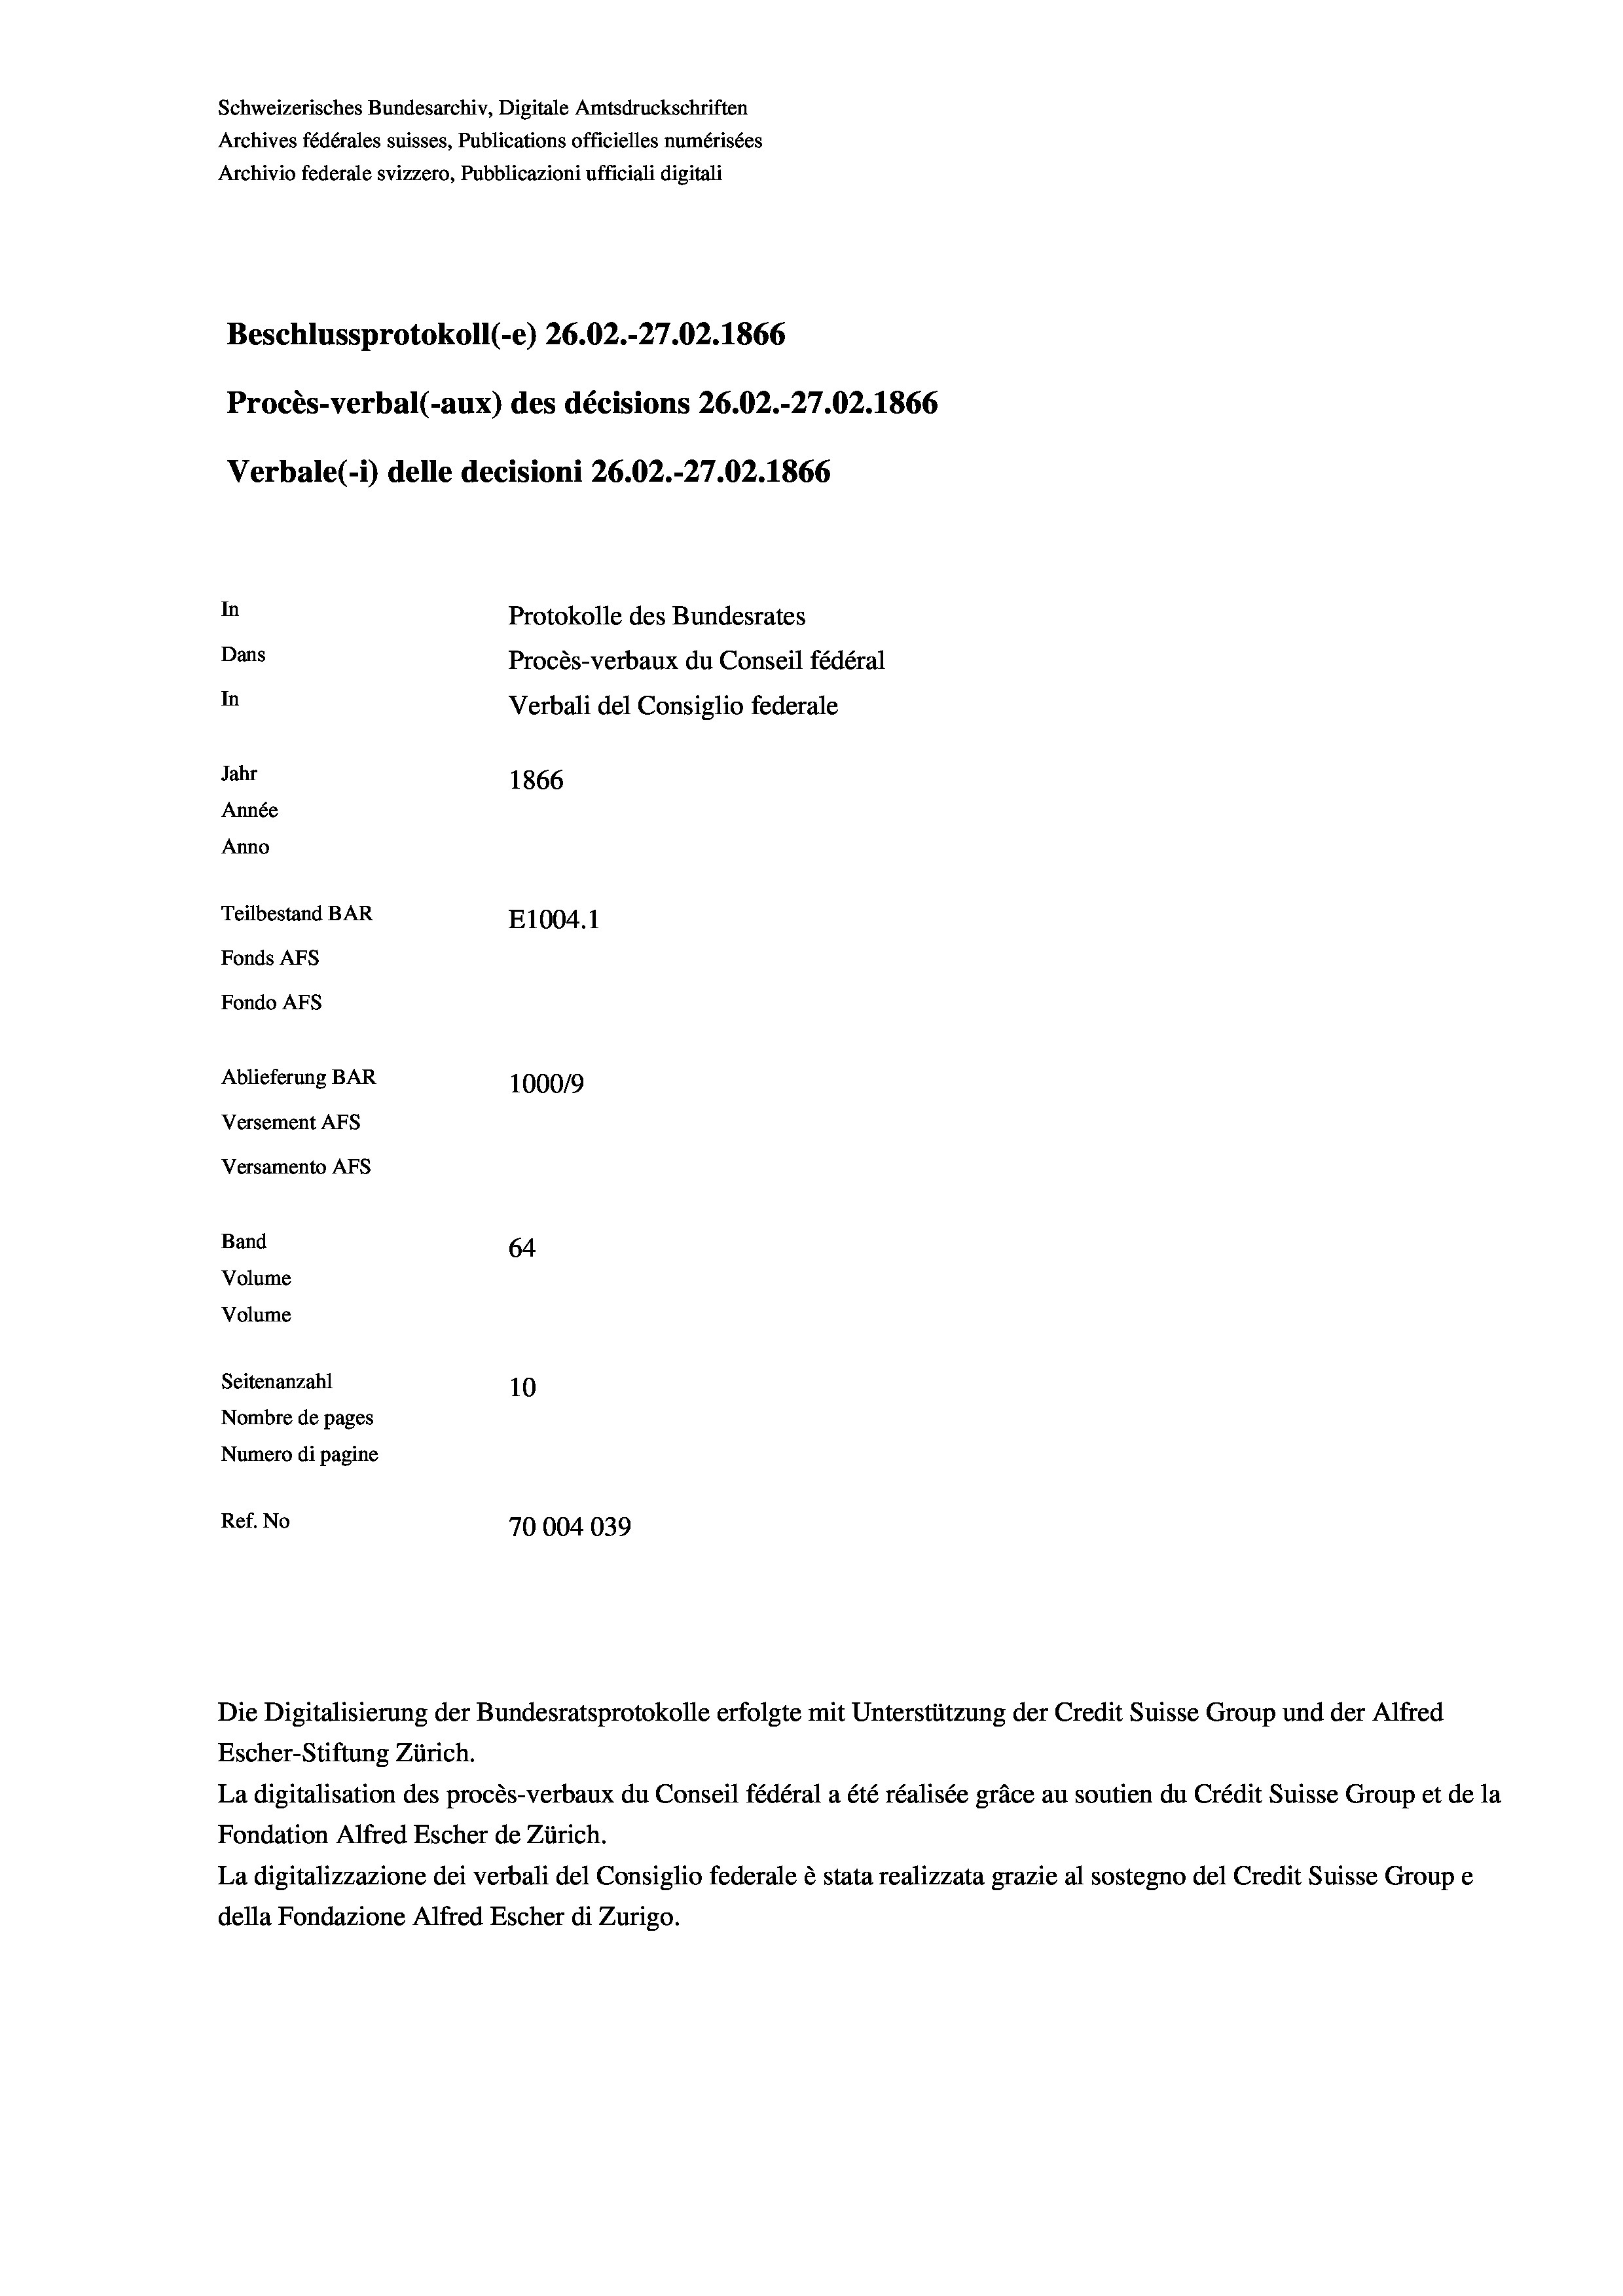
Schweizerisches Bundesarchiv, Digitale Amtsdruckschriften
Archives fédérales suisses, Publications officielles numérisées
Archivio federale svizzero, Pubblicazioni ufficiali digitali
Beschlussprotokoll (-e) 26.02.-27.02. 1866
Procès-verbal (-aux) des décisions 26.02.-27.02.1866
Verbale(-*) delle decisioni 26.02.-27.02. 1866
In
Protokolle des Bundesrates
Dans
Procès-verbaux du Conseil fédéral
In
Verbali del Consiglio federale
Jahr
1866
Année
Anno
Teilbestand BAR
E1004.1
Fonds AFs
Fondo Afs
Ablieferung BAR
100019
Versement AFs
Versamento Afs
Band
64
Volume
Volume

Seitenanzahl
10
Nombre de pages
Numero di pagine
Ref. No
70004039

Escher-Stiftung Zürich.
La digitalisation des procès-verbaux du Conseil fédéral a été réalisée gräce au soutien du Crédit Suisse Group et de la
Fondation Alfred Escher de Zürich.
La digitalizzazione dei verbali del Consiglio federale è stata realizzata grazie al sostegno del Credit Suisse Groupe
della Fondazione Alfred Escher di Zurigo.

Die Digitalisierung der Bundesratsprotokolle erfolgte mit Unterstützung der Credit Suisse Group und der Alfred